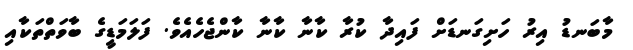
މާބަނޑު އިރު ހަށިގަނޑަށް ފައިދާ ކުރާ ކާނާ ކާނާ ކާންޖެހެއެވެ. ފަލަމަޑީގެ ބާވަތްތަކާއި